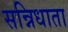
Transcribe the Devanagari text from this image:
सन्निधाता